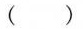
( )